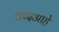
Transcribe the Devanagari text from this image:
शब्दआहे